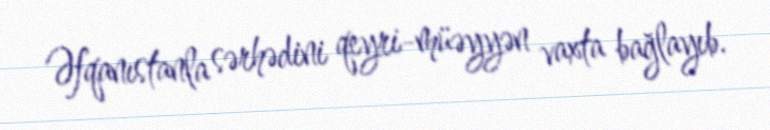
Əfqanıstanla sərhədini qeyri-müəyyən vaxta bağlayıb.